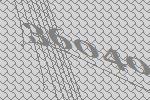
36040